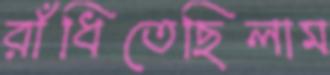
রাঁধিতেছিলাম